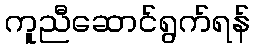
ကူညီဆောင်ရွက်ရန်